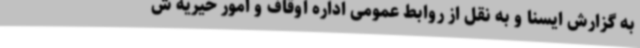
به گزارش ایسنا و به نقل از روابط عمومی اداره اوقاف و امور خیریه ش